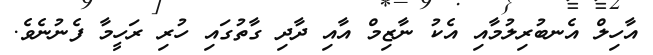
އާހިލް އެނބުރިލުމާއި އެކު ނާޒިމް އާއި ދާދި ގާތުގައި ހުރި ރަހީމާ ފެނުނެވެ.